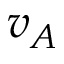
v _ { A }